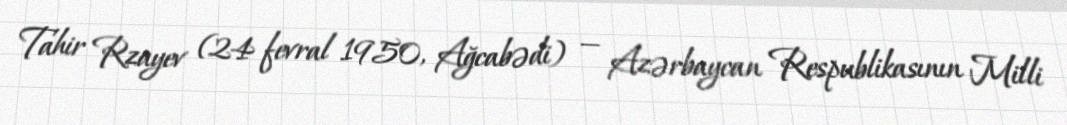
Tahir Rzayev (24 fevral 1950, Ağcabədi) — Azərbaycan Respublikasının Milli